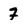
Character: 7